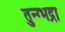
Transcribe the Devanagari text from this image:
तुन्ग्भद्रा